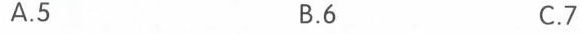
A.5 B.6 C.7